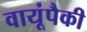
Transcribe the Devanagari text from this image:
वायूंपैकी